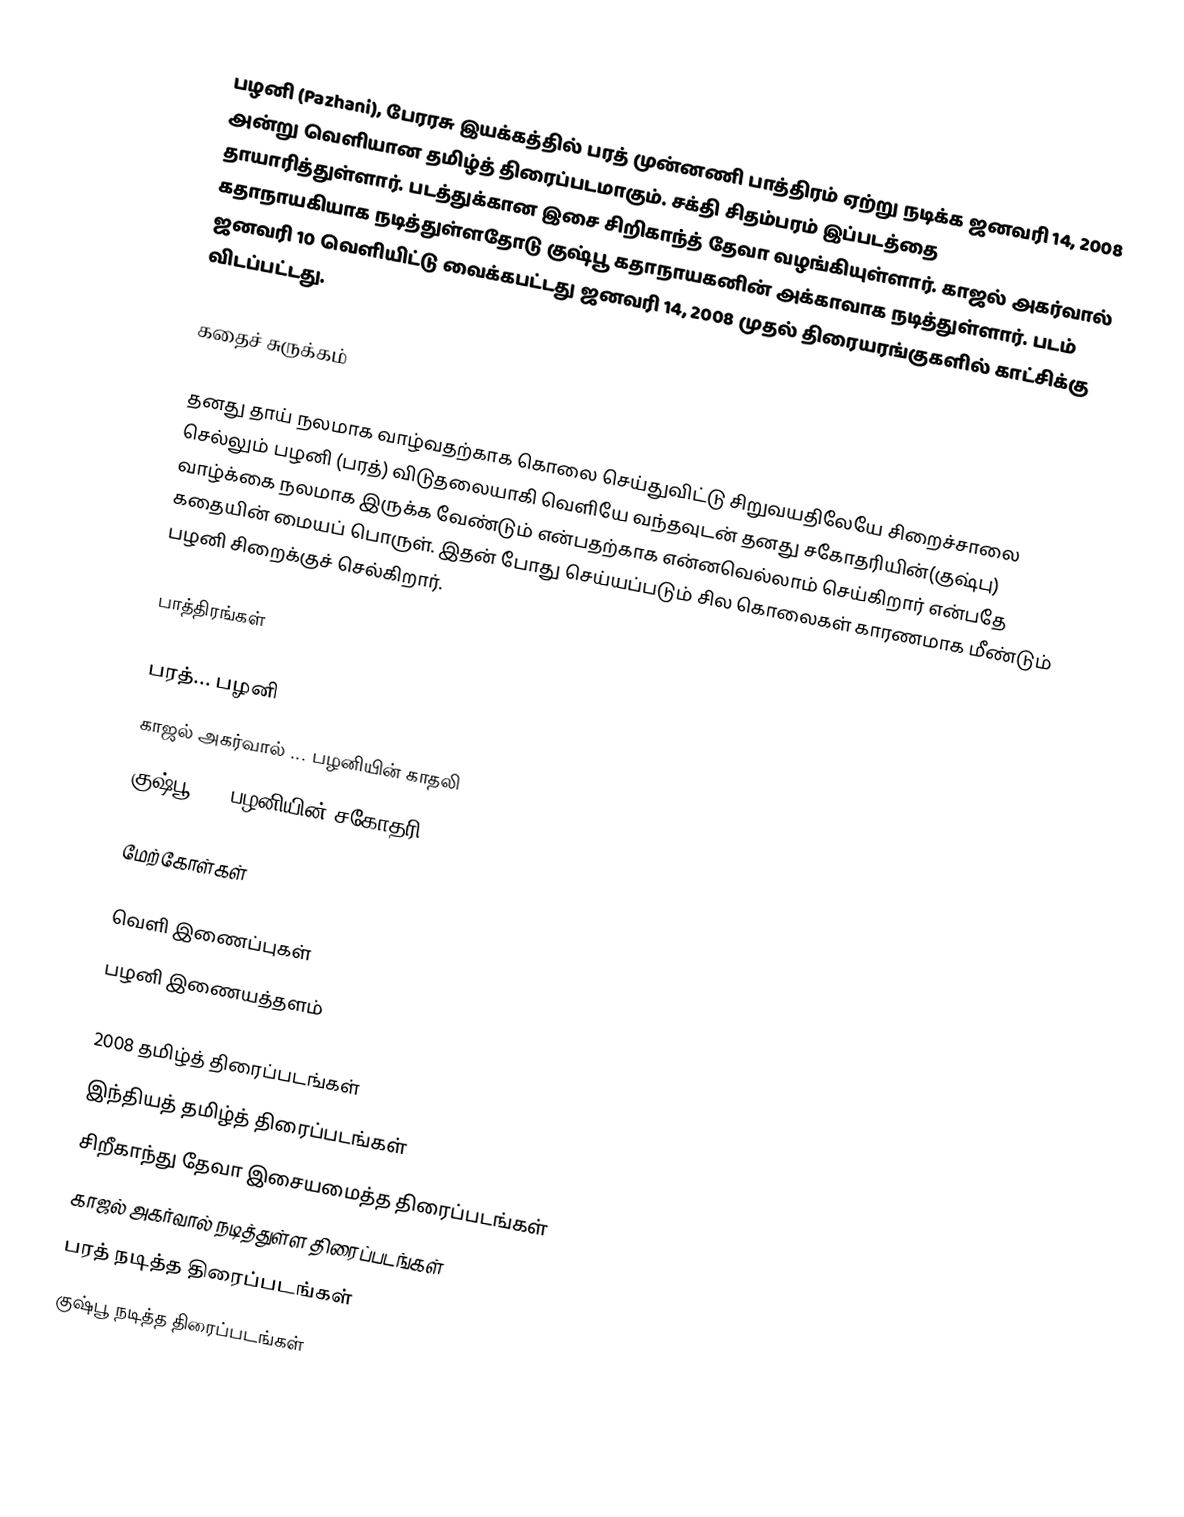
பழனி (Pazhani), பேரரசு இயக்கத்தில் பரத் முன்னணி பாத்திரம் ஏற்று நடிக்க ஜனவரி 14, 2008 அன்று வெளியான தமிழ்த் திரைப்படமாகும். சக்தி சிதம்பரம் இப்படத்தை தாயாரித்துள்ளார். படத்துக்கான இசை சிறிகாந்த் தேவா வழங்கியுள்ளார். காஜல் அகர்வால் கதாநாயகியாக நடித்துள்ளதோடு குஷ்பூ கதாநாயகனின் அக்காவாக நடித்துள்ளார். படம் ஜனவரி 10 வெளியிட்டு வைக்கபட்டது ஜனவரி 14, 2008 முதல் திரையரங்குகளில் காட்சிக்கு விடப்பட்டது.

கதைச் சுருக்கம்

தனது தாய் நலமாக வாழ்வதற்காக கொலை செய்துவிட்டு சிறுவயதிலேயே சிறைச்சாலை செல்லும் பழனி (பரத்) விடுதலையாகி வெளியே வந்தவுடன் தனது சகோதரியின்(குஷ்பு) வாழ்க்கை நலமாக இருக்க வேண்டும் என்பதற்காக என்னவெல்லாம் செய்கிறார் என்பதே கதையின் மையப் பொருள். இதன் போது செய்யப்படும் சில கொலைகள் காரணமாக மீண்டும் பழனி சிறைக்குச் செல்கிறார்.

பாத்திரங்கள்

பரத்... பழனி
காஜல் அகர்வால் ... பழனியின் காதலி
குஷ்பூ ... பழனியின் சகோதரி

மேற்கோள்கள்

வெளி இணைப்புகள்
 பழனி இணையத்தளம்

2008 தமிழ்த் திரைப்படங்கள்
இந்தியத் தமிழ்த் திரைப்படங்கள்
சிறீகாந்து தேவா இசையமைத்த திரைப்படங்கள்
காஜல் அகர்வால் நடித்துள்ள திரைப்படங்கள்
பரத் நடித்த திரைப்படங்கள்
குஷ்பூ நடித்த திரைப்படங்கள்